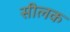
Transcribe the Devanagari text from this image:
सीलक